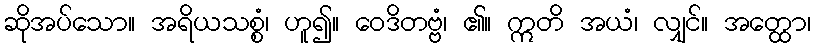
ဆိုအပ်သော။ အရိယသစ္စံ၊ ဟူ၍။ ဝေဒိတဗ္ဗံ၊ ၏။ ဣတိ အယံ၊ လျှင်။ အတ္ထော၊